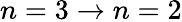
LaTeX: n=3\to n=2